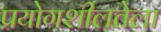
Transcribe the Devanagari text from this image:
प्रयोगशीलतेला